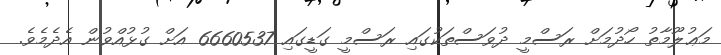
މަޢުލޫމާތު ހޯދުމަށް ރަސްމީ ދުވަސްތަކުގައި ރަސްމީ ގަޑީގައި 6660537 އަށް ގުޅުއްވުން އެދެމެވެ.